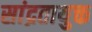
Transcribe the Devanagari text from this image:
सांद्रतायुक्त